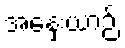
အနှေးယာဉ်